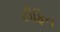
ટીફિન